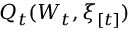
Q _ { t } ( W _ { t } , \xi _ { [ t ] } )